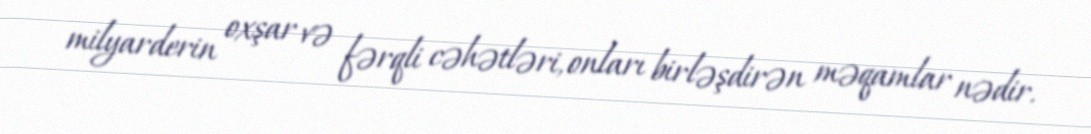
milyarderin oxşar və fərqli cəhətləri, onları birləşdirən məqamlar nədir.